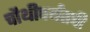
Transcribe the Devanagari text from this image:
चौथीपर्यंतची